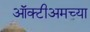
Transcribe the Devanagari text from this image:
ऑक्टीअमच्या